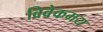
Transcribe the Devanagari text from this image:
विवेकमय